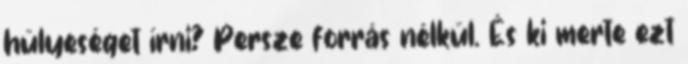
hülyeséget írni? Persze forrás nélkül. És ki merte ezt